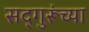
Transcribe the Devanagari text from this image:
सद्‍गुरूंच्या